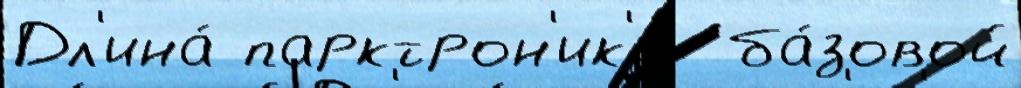
Дл'ина́ парктрон'ик'и  ба́зовой